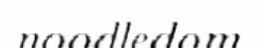
noodledom